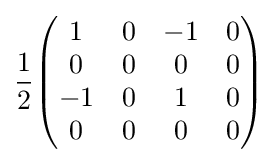
{1 \over 2}{\begin{pmatrix}1&0&-1&0\\0&0&0&0\\-1&0&1&0\\0&0&0&0\end{pmatrix}}